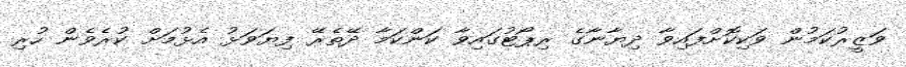
ވަޒީރުކަމުން ވަކިކޮށްފައިވާ ދިޔާނާގެ ރިޕޯޓުގައިވާ ކަންކަމާ ދޭތެރޭ ފިޔަވަޅު އެޅުމަށް ކުރެވެން ހުރި